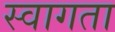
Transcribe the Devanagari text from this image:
स्वागता